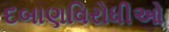
દબાણવિરોધીઓ